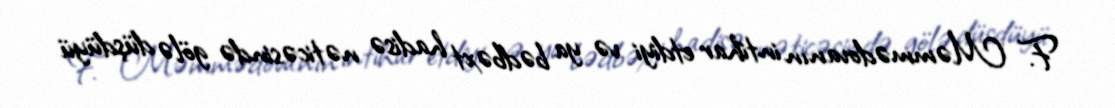
F. Məmmədovanın intihar etdiyi və ya bədbəxt hadisə nəticəsində gölə düşdüyü